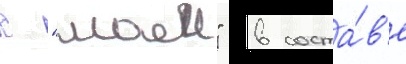
с "маеи" в соста́в'е